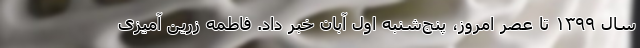
سال ۱۳۹۹ تا عصر امروز، پنج‌شنبه اول آبان خبر داد. فاطمه زرین آمیزی